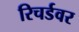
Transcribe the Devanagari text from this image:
रिचर्डवर